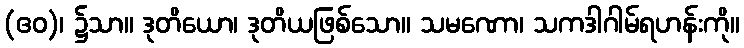
(ဧဝ)၊ ၌သာ။ ဒုတိယော၊ ဒုတိယဖြစ်သော။ သမဏော၊ သကဒါဂါမ်ရဟန်းကို။